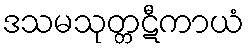
ဒသမသုတ္တဋီကာယံ